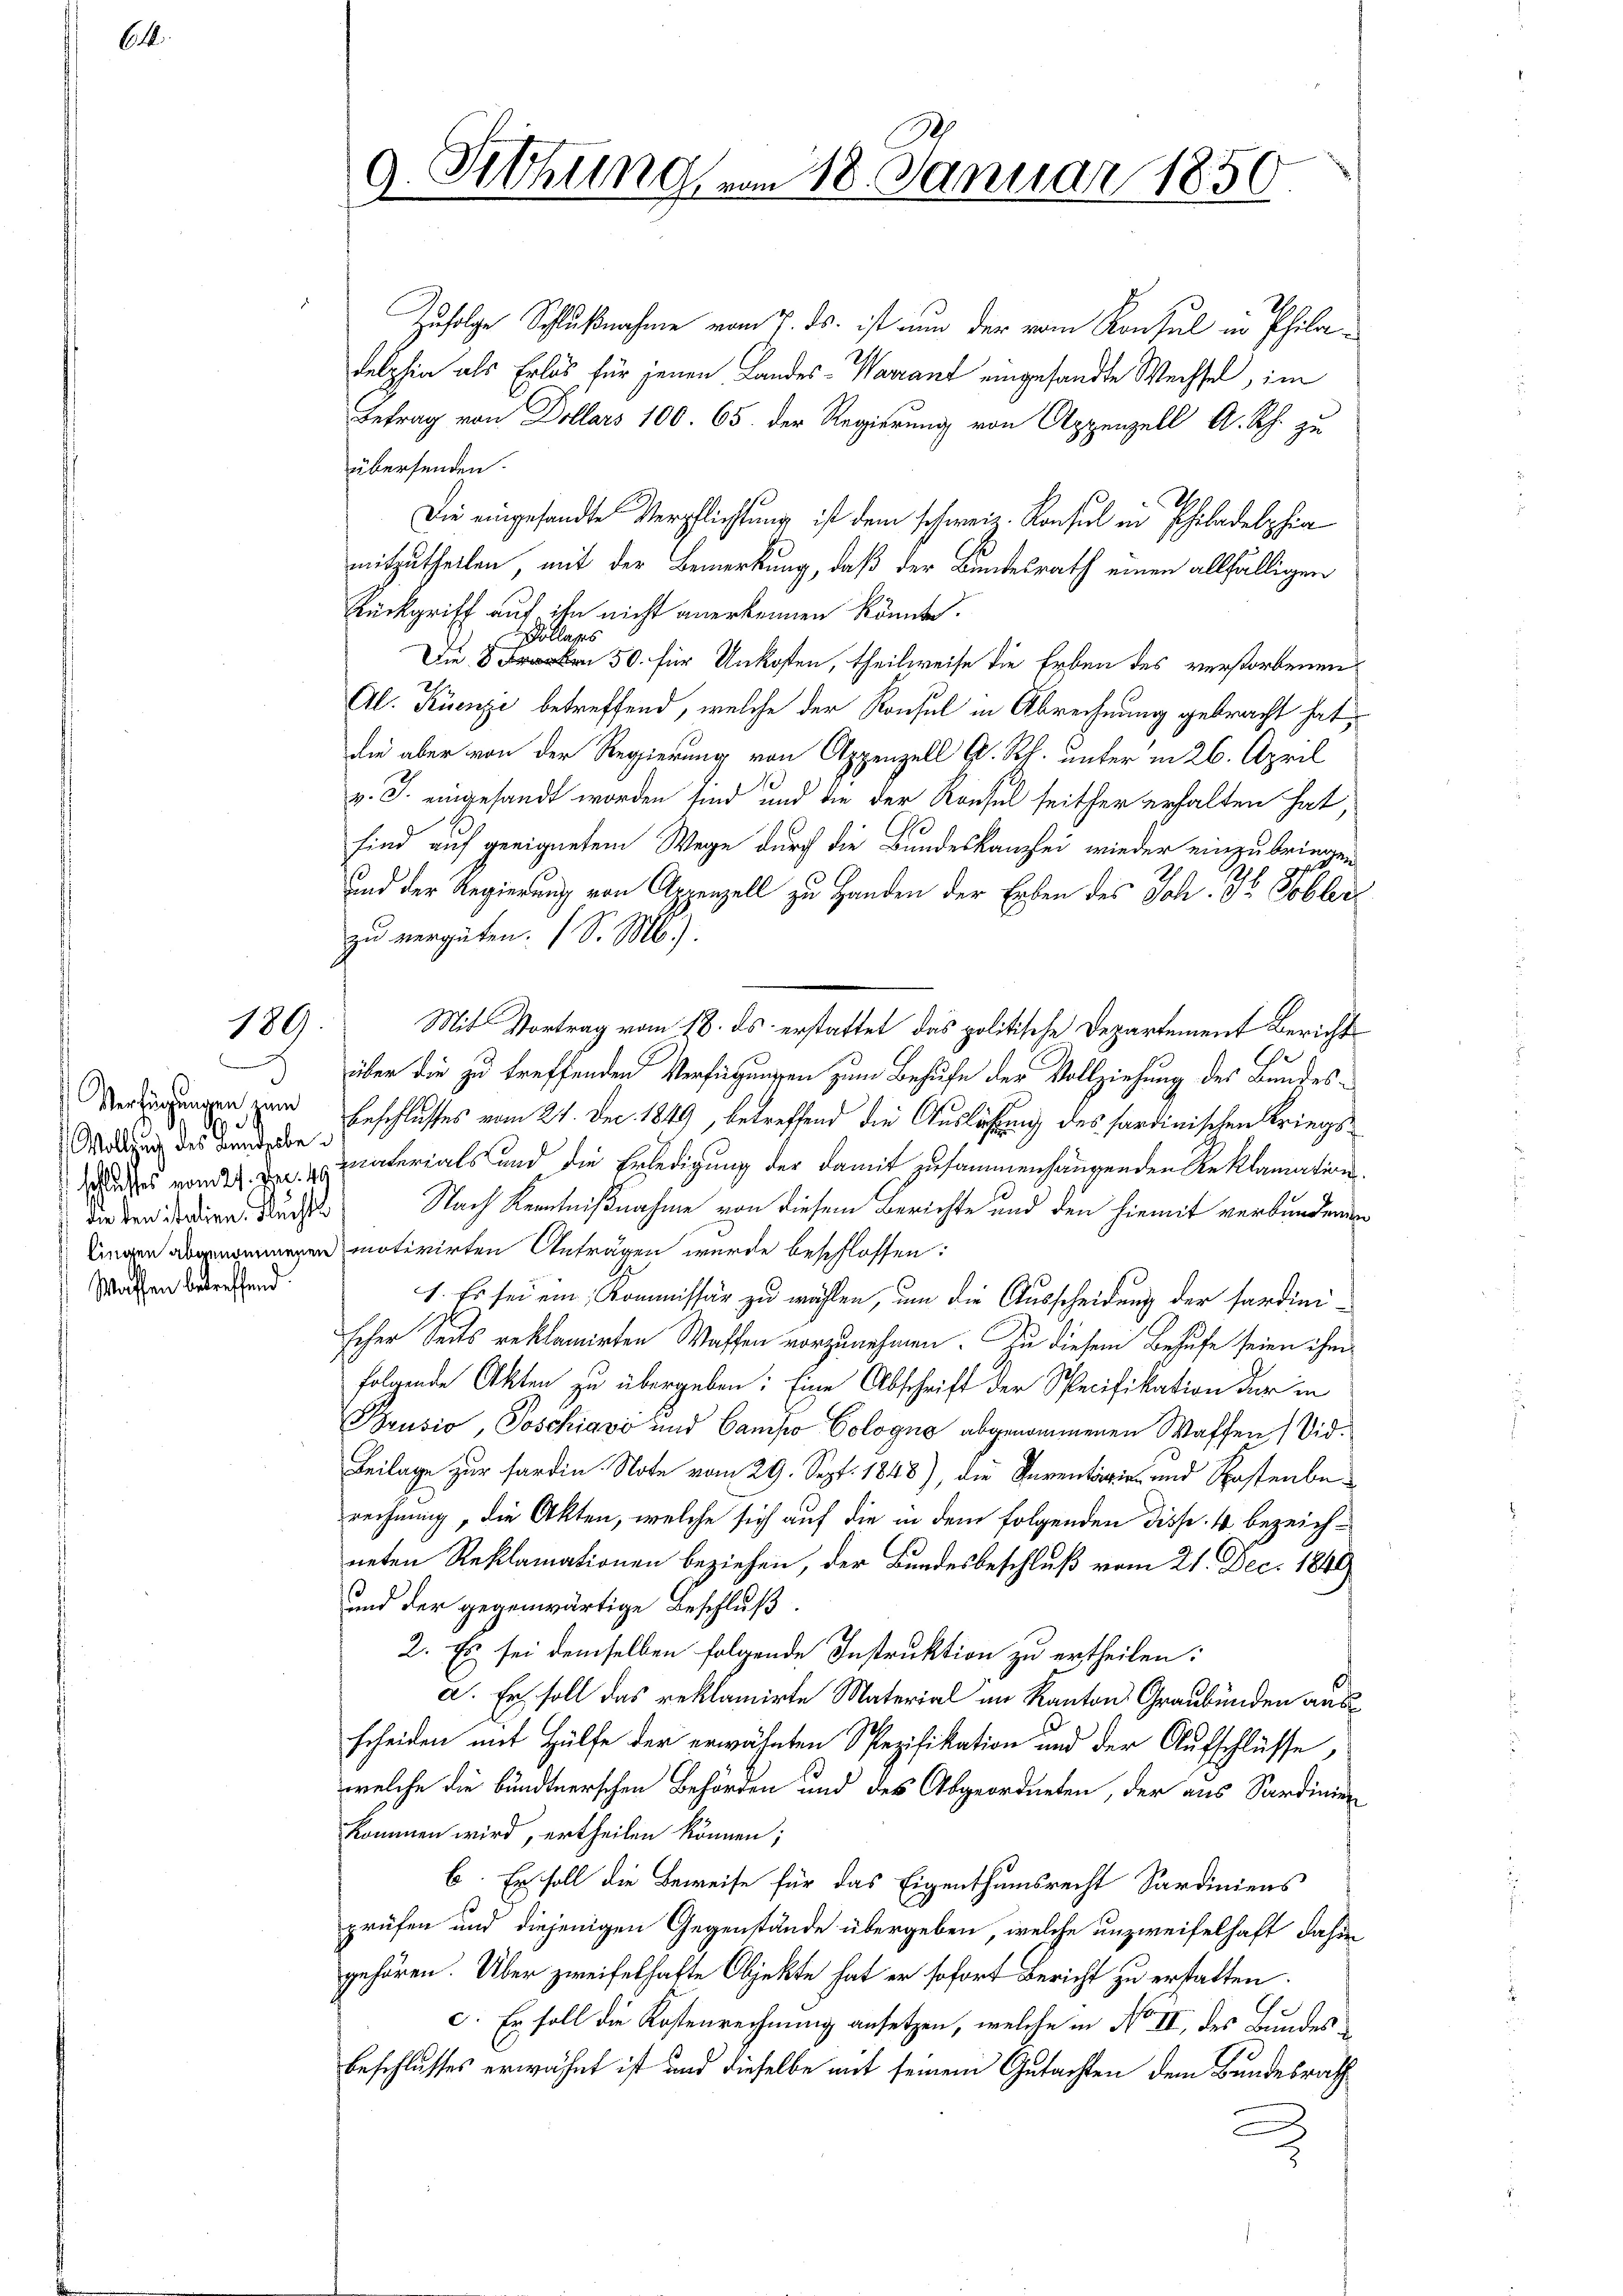
M

189.

J
A
 Wolling des Landgebe
die den italien. Rechts
Waffen betreffend

Zufolge Schlußnahme vom 7. ds. ist nun der vom Konsul in Philadelphia als Erlös für jenen Landes-Warrant eingesandte Wechsel, im
Betrag von Dollars 100. 65. der Regierung von Appenzell A. Rh. zu
übersenden.
Die eingesandte Verpflichtung ist dem schweiz. Konsul in Philadelphia
mitzutheilen, mit der Bemerkung, daß der Bundesrath einen allfälligen
Rückgriff auf ihn nicht anerkennen könnte.
Pollars
Die 50. für Unkosten, theilweise die Erben des verstorbenen
Al. Krenze betreffend, welche der Konsul in Abrechnung gebracht hat,
die aber von der Regierung von Appenzell A. Rh. unter in 26. April
v. J. eingesandt worden sind, und die der Konsul seither erhalten hat,
sind auf geeignetem Wege durch die Bundeskanzlei wieder einzubringen
und der Regierung von Appenzell zu Handen der Erben des Joh. H. Tobler
zu vergüten. (S. Ml).
Mit Vortrag vom 18. ds erstattet das politische Departement Bericht
über die zu treffenden Verfügungen zum Behufe der Vollziehung des Bundes¬
Verlegungen zum Beschlusses vom 21. Dec. 1849, betreffend die Auslösung des sardinischen Kriegses vom 21. Der materials und die Erledigung der damit zusammenhängenden Reklamation
Nach Kenntnißnahme von diesem Berichte und den hiemit verbundenen
lingen abgenommenen motivirten Antragen wurde beschlossen:
1. Es sei ein Kommissär zu wählen, um die Ausscheidung der fardinischer Seits reklamirten Waffen vorzunehmen. Zu diesem Besuche seien ihm
folgende Akten zu übergeben: Eine Abschrift der Specifikation der in
Brusio, Poschiavo und Camiso Cologno abgenommenen Waffen / Vid¬
Beilage zur fardin. Note vom 29. Sept. 1848), die Inventarie- und Kostenberechnung, die Akten, welche sich auf die in dem folgenden Disse. 4 bezeichneten Reklamationen beziehen, der Bundesbeschluß vom 21. Dec. 1841
und der gegenwärtige Beschluß.
2. Es sei demselben folgende Instruktion zu ertheilen:
a. Er soll das reklamirte Material im Kanton Graubünden ausscheiden mit Hülfe der erwähnten Spezifikation und der Aufschlüsse,
welche die bundtnerschen Behörden und des Abgeordneten, der aus Sardinien
kommen wird, ertheilen können;
b. Er soll die Beweise für das Eigenthumsrecht Sardiniens
prüfen und diejenigen Gegenstände übergeben, welche unzweifelhaft dahin
gehören. Über zweifelhafte Objekte hat er sofort Bericht zu erstatten.
c. Er soll die Kostenrechnung ansetzen, welche in No II, des Bundes¬
Beschlusses erwähnt ist und dieselbe mit seinem Gutachten dem Bundesrath

v. Sitzung vom 18. Januar 1850
.
l